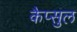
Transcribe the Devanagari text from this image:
कैप्सुल